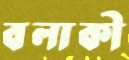
বলাকী